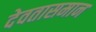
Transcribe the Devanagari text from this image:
देवतासमान